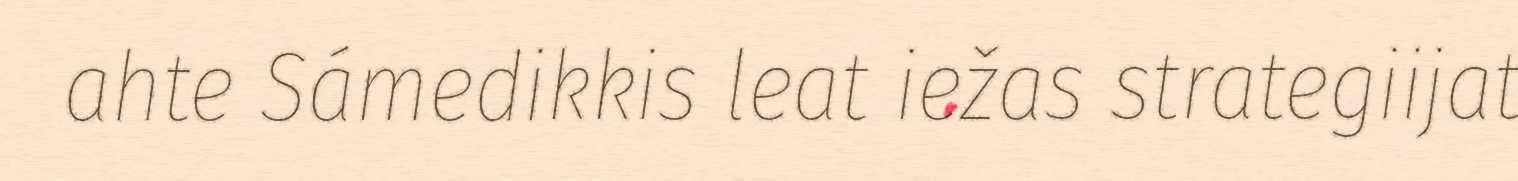
ahte Sámedikkis leat iežas strategiijat